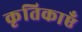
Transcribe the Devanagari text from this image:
कृतिकाएँ